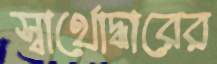
স্বার্থোদ্ধারের